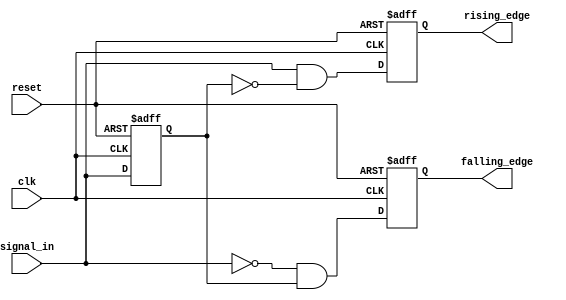
module dual_edge_detector (
    input wire clk,               // Clock signal
    input wire reset,             // Asynchronous reset signal
    input wire signal_in,         // Input signal to detect edges
    output reg rising_edge,       // Output flag for rising edge detection
    output reg falling_edge       // Output flag for falling edge detection
);

    reg signal_in_prev;           // Register to hold the previous state of signal_in

    // Asynchronous reset and edge detection logic
    always @(posedge clk or posedge reset) begin
        if (reset) begin
            signal_in_prev <= 1'b0; // Initialize previous state to 0 on reset
            rising_edge <= 1'b0;     // Clear rising edge flag
            falling_edge <= 1'b0;    // Clear falling edge flag
        end else begin
            // Edge detection logic
            rising_edge <= (signal_in == 1'b1 && signal_in_prev == 1'b0); // Rising edge detected
            falling_edge <= (signal_in == 1'b0 && signal_in_prev == 1'b1); // Falling edge detected

            // Update previous state
            signal_in_prev <= signal_in;
        end
    end

endmodule